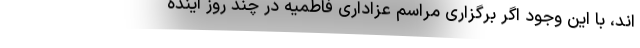
اند، با این وجود اگر برگزاری مراسم عزاداری فاطمیّه در چند روز آینده